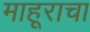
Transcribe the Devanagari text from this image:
माहूराचा